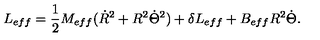
L _ { e f f } = \frac { 1 } { 2 } M _ { e f f } ( \dot { R } ^ { 2 } + R ^ { 2 } \dot { \Theta } ^ { 2 } ) + \delta L _ { e f f } + B _ { e f f } R ^ { 2 } \dot { \Theta } .